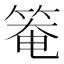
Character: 𥯃